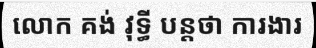
លោក គង់ វុទ្ធី បន្តថា ការងារ